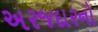
અરજદારનો